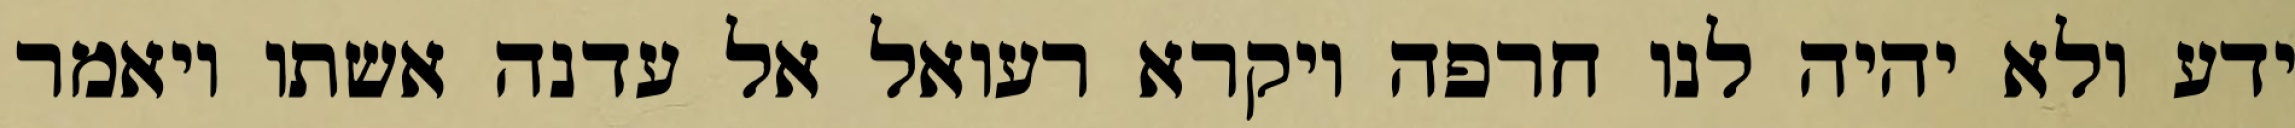
ידע ולא יהיה לנו חרפה ויקרא רעואל אל עדנה אשתו ויאמר